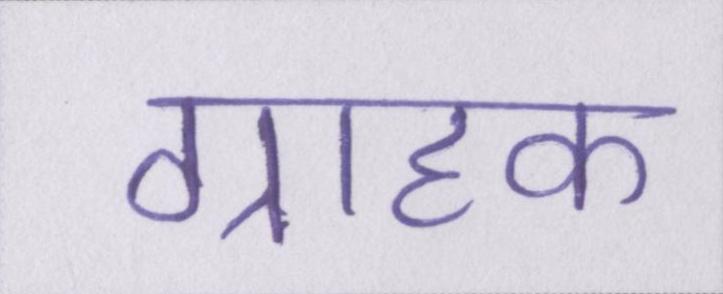
ग्राहक